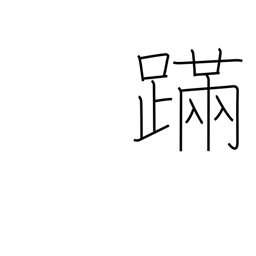
Meaning: staggering